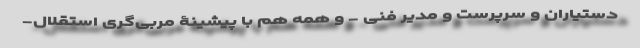
دستیاران و سرپرست و مدیر فنی - و همه هم با پیشینۀ مربی‌گری استقلال-